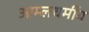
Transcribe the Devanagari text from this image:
आम्लधर्मीय